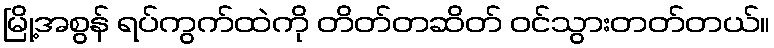
မြို့အစွန် ရပ်ကွက်ထဲကို တိတ်တဆိတ် ဝင်သွားတတ်တယ်။